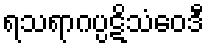
ရသရာဂပ္ပဋိသံဝေဒီ